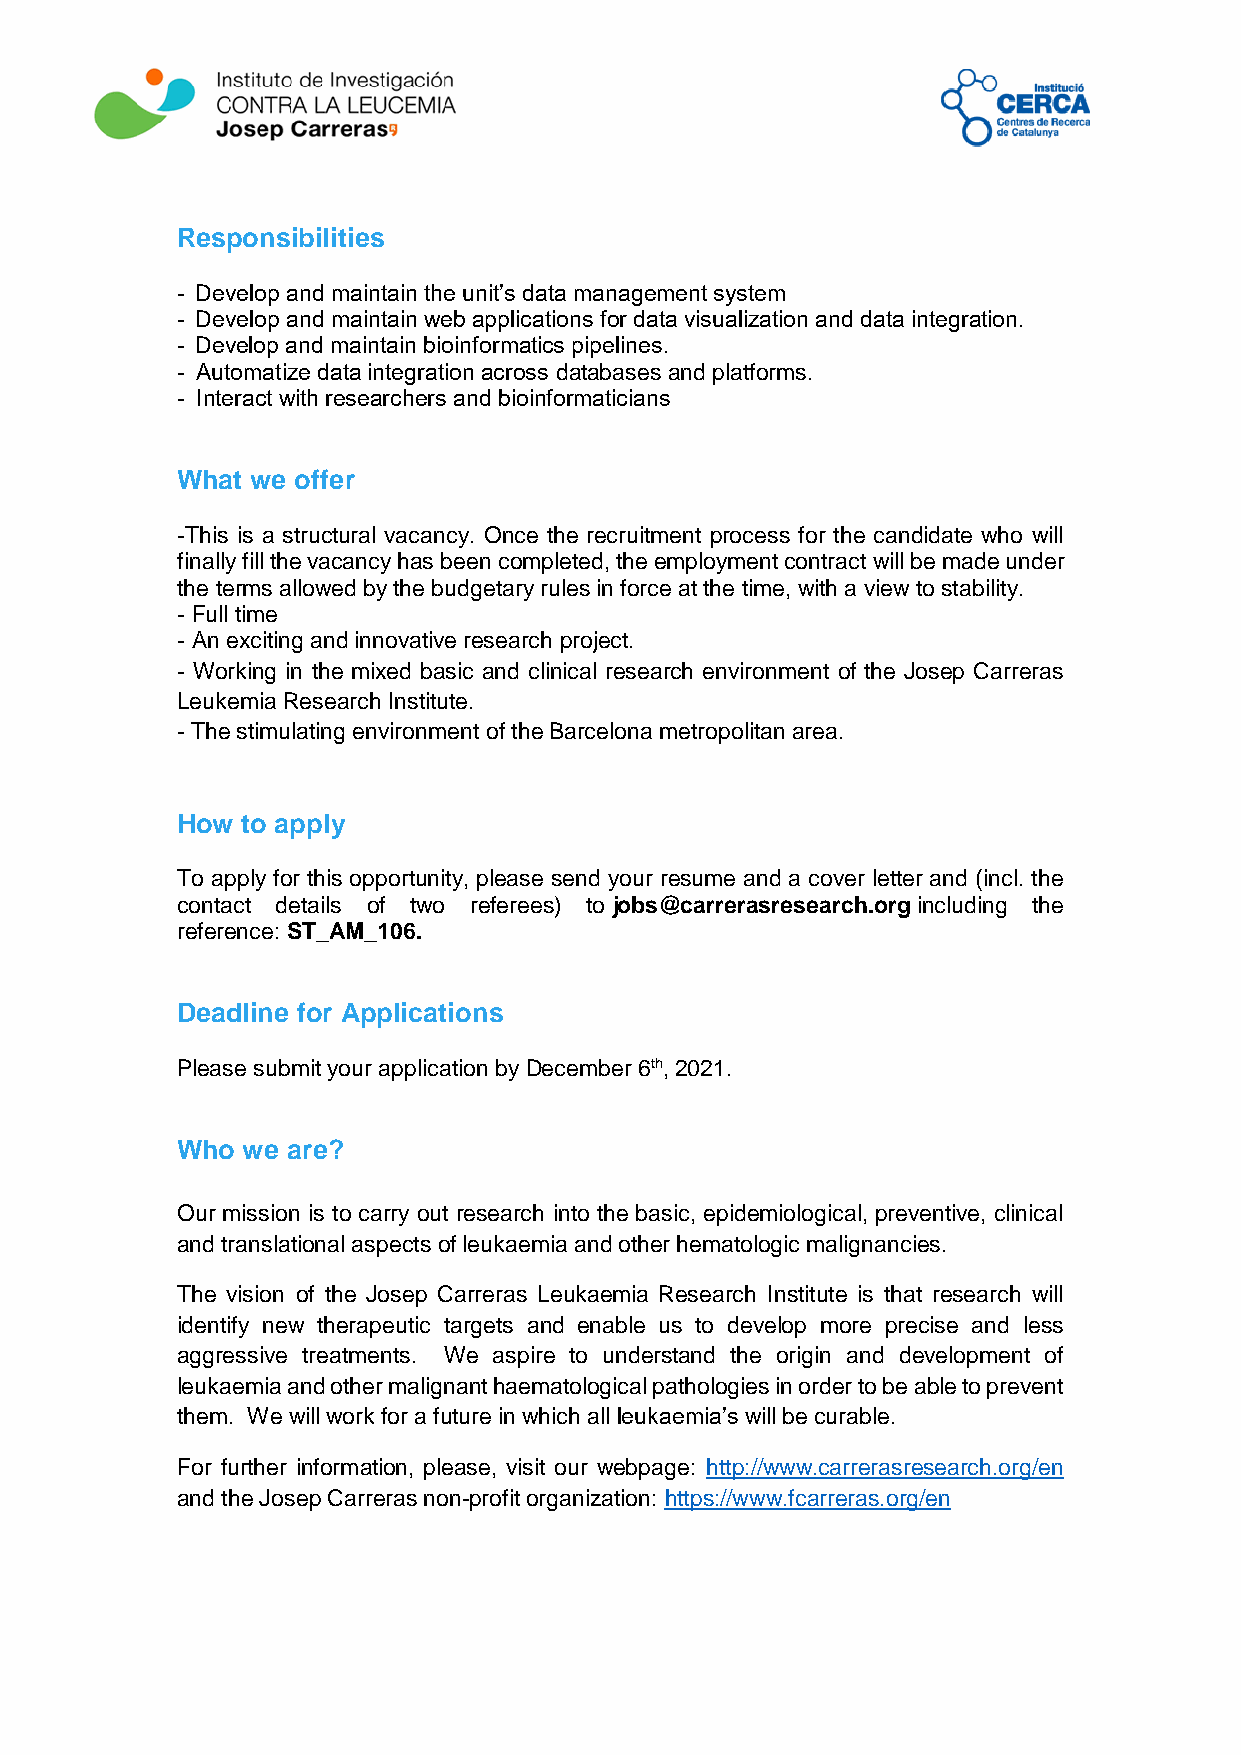
Responsibilities
 - Develop and maintain the unit’s data management system
 - Develop and maintain web applications for data visualization and data integration.
 - Develop and maintain bioinformatics pipelines.
 - Automatize data integration across databases and platforms.
 - Interact with researchers and bioinformaticians
 What we offer
 -This is a structural vacancy. Once the recruitment process for the candidate who will
 finally fill the vacancy has been completed, the employment contract will be made under
 the terms allowed by the budgetary rules in force at the time, with a view to stability.
 - Full time
 - An exciting and innovative research project.
 - Working in the mixed basic and clinical research environment of the Josep Carreras
 Leukemia Research Institute.
 - The stimulating environment of the Barcelona metropolitan area.
 How to apply
 To apply for this opportunity, please send your resume and a cover letter and (incl. the
 contact details of two referees) to jobs@carrerasresearch.org including the
 reference: ST_AM_106.
 Deadline for Applications
 Please submit your application by December 6th, 2021.
 Who we are?
 Our mission is to carry out research into the basic, epidemiological, preventive, clinical
 and translational aspects of leukaemia and other hematologic malignancies.
 The vision of the Josep Carreras Leukaemia Research Institute is that research will
 identify new therapeutic targets and enable us to develop more precise and less
 aggressive treatments. We aspire to understand the origin and development of
 leukaemia and other malignant haematological pathologies in order to be able to prevent
 them. We will work for a future in which all leukaemia’s will be curable.
 For further information, please, visit our webpage: http://www.carrerasresearch.org/en
 and the Josep Carreras non-profit organization: https://www.fcarreras.org/en